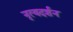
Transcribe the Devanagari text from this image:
नृत्यदर्शन